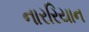
નારરિયાન